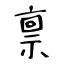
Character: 禀